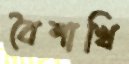
বৈশাখি